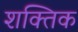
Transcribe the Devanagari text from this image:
शक्तिक